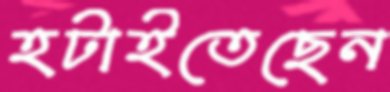
হটাইতেছেন